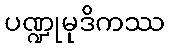
ပဏ္ဍုမုဒိကဿ